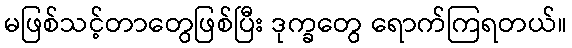
မဖြစ်သင့်တာတွေဖြစ်ပြီး ဒုက္ခတွေ ရောက်ကြရတယ်။